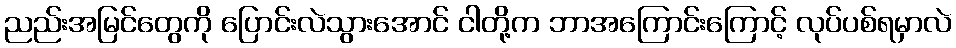
ညည်းအမြင်တွေကို ပြောင်းလဲသွားအောင် ငါတို့က ဘာအကြောင်းကြောင့် လုပ်ပစ်ရမှာလဲ